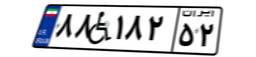
۸۸W۱۸۲۵۲